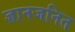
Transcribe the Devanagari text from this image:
ज्ञानजनित